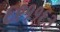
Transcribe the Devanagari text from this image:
६९११६३